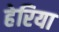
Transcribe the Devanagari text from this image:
हेरिया